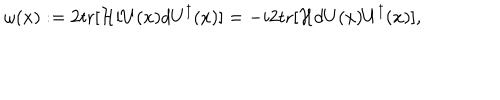
LaTeX: \omega ( x ) : = 2 \mathrm { t r } [ { \cal H } i U ( x ) d U ^ { \dagger } ( x ) ] = - i 2 \mathrm { t r } [ { \cal H } d U ( x ) U ^ { \dagger } ( x ) ] ,